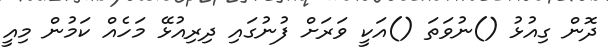
ދޮން ގިއުޅު ()ނުވަތަ ()އަކީ ވަރަށް ފުނުގައި ދިރިއުޅޭ މަހެއް ކަމުން މިއީ